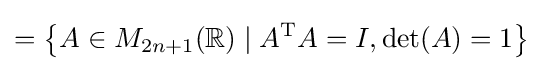
=\left\{A\in M_{2n+1}(\mathbb {R} )\mid A^{\mathrm {T} }A=I,\det(A)=1\right\}